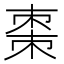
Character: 棗